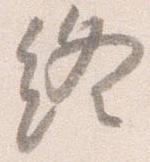
終